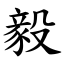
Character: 毅